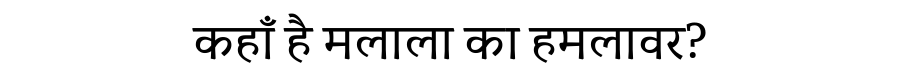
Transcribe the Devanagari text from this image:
कहाँ है मलाला का हमलावर?